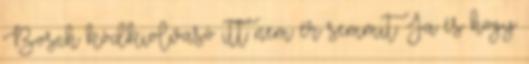
Bosch kódkiolvasó itt nem ér semmit. Ja és hogy